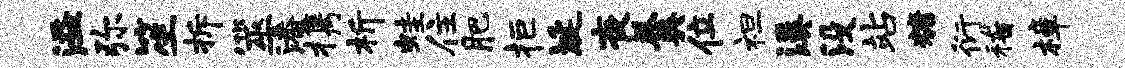
溢弥笙拆筮潘携析蛙住肥拒埏夜羹位袒溪没站糖衍稽樟